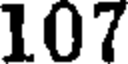
107